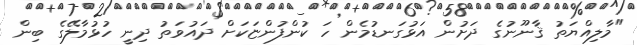
"މާލިއްޔަތު ޤާނޫނުގެ ދަށުން އަޅުގަނޑުމެން ހަ ކުންފުންޏަކަށް ދައުވަތު ދިނީ ހުޅުމާލޭގެ ބިން